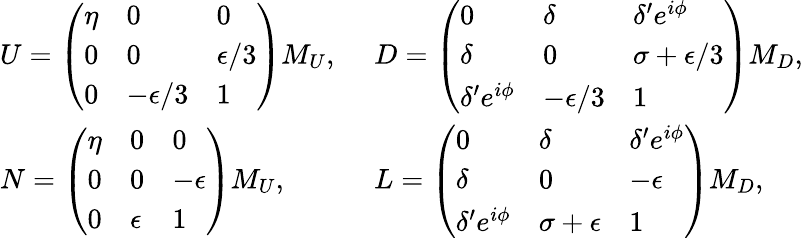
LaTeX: \begin{array}{ll}{{U=\left(\begin{array}{lll}{{\eta}}&{{0}}&{{0}}\\ {{0}}&{{0}}&{{\epsilon/3}}\\ {{0}}&{{-\epsilon/3}}&{{1}}\end{array}\right)M_{U},\ }}&{{D=\left(\begin{array}{lll}{{0}}&{{\delta}}&{{\delta^{\prime}e^{i\phi}}}\\ {{\delta}}&{{0}}&{{\sigma+\epsilon/3}}\\ {{\delta^{\prime}e^{i\phi}}}&{{-\epsilon/3}}&{{1}}\end{array}\right)M_{D},}}\\ {{N=\left(\begin{array}{lll}{{\eta}}&{{0}}&{{0}}\\ {{0}}&{{0}}&{{-\epsilon}}\\ {{0}}&{{\epsilon}}&{{1}}\end{array}\right)M_{U},\ }}&{{L=\left(\begin{array}{lll}{{0}}&{{\delta}}&{{\delta^{\prime}e^{i\phi}}}\\ {{\delta}}&{{0}}&{{-\epsilon}}\\ {{\delta^{\prime}e^{i\phi}}}&{{\sigma+\epsilon}}&{{1}}\end{array}\right)M_{D},}}\end{array}